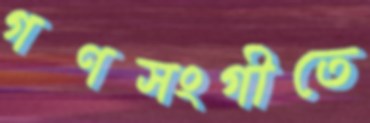
গণসংগীতে